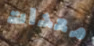
معدات